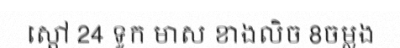
ស្តៅ 24 ទូក មាស ខាងលិច 8ចម្លង